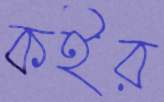
কইর